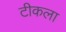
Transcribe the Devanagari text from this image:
टीकला